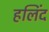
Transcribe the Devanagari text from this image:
हलिंद